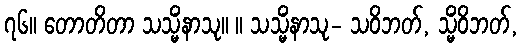
၇၆။ တောတိတာ သသ္မိံနာသု။ ။ သသ္မိံနာသု- သဝိဘတ်, သ္မိံဝိဘတ်,